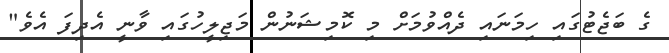
ގެ ބަޖެޓުގައި ހިމަނައި ދެއްވުމަށް މި ކޮމިޝަނުން މަޖިލީހުގައި ވާނީ އެދިފަ އެވެ"